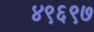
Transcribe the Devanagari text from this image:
४९६९७